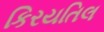
કિરયતિલ